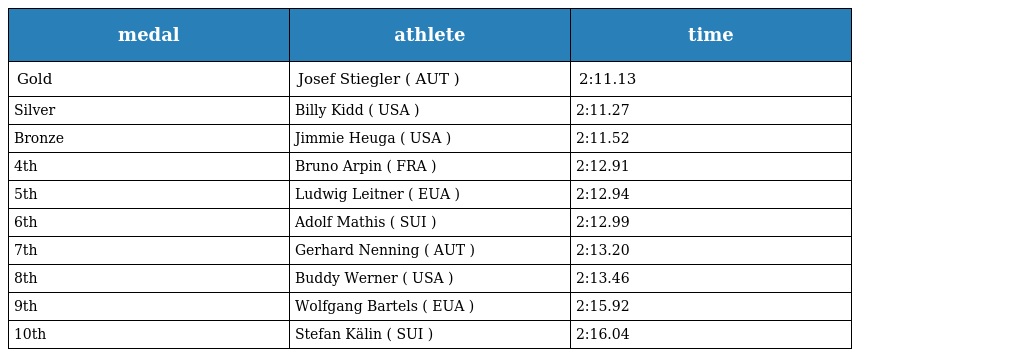
| medal | athlete | time |
 | --- | --- | --- |
 | Gold | Josef Stiegler ( AUT ) | 2:11.13 |
 | Silver | Billy Kidd ( USA ) | 2:11.27 |
 | Bronze | Jimmie Heuga ( USA ) | 2:11.52 |
 | 4th | Bruno Arpin ( FRA ) | 2:12.91 |
 | 5th | Ludwig Leitner ( EUA ) | 2:12.94 |
 | 6th | Adolf Mathis ( SUI ) | 2:12.99 |
 | 7th | Gerhard Nenning ( AUT ) | 2:13.20 |
 | 8th | Buddy Werner ( USA ) | 2:13.46 |
 | 9th | Wolfgang Bartels ( EUA ) | 2:15.92 |
 | 10th | Stefan Kälin ( SUI ) | 2:16.04 |